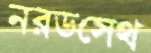
নরডসেথ